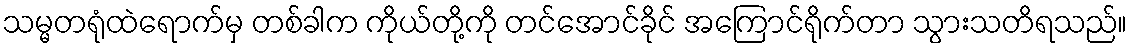
သမ္မတရုံထဲရောက်မှ တစ်ခါက ကိုယ်တို့ကို တင်အောင်ခိုင် အကြောင်ရိုက်တာ သွားသတိရသည်။